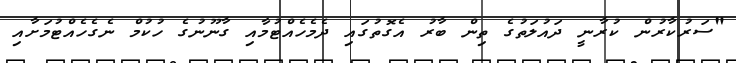
"ސަރުކާރުން ކުރާނީ ދައުލަތުގެ ތިން ބާރު އެގޮތުގައި ދެމެހެއްޓުމާއި ގާނޫނުގެ ހުކުމް ނެގެހެއްޓުމަށާއި